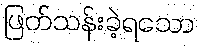
ဖြတ်သန်းခဲ့ရသော